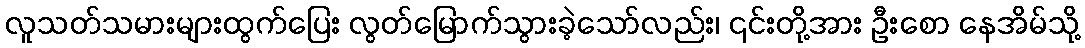
လူသတ်သမားများထွက်ပြေး လွတ်မြောက်သွားခဲ့သော်လည်း၊ ၎င်းတို့အား ဦးစော နေအိမ်သို့